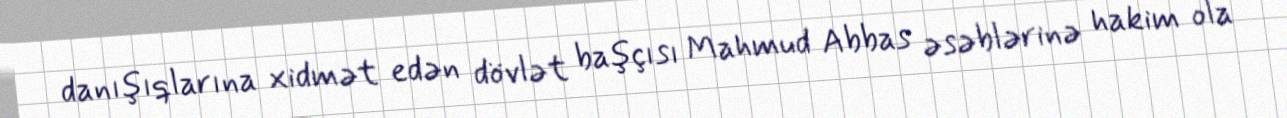
danışıqlarına xidmət edən dövlət başçısı Mahmud Abbas əsəblərinə hakim ola